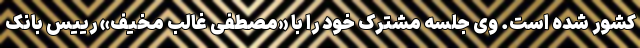
کشور شده است. وی جلسه مشترک خود را با «مصطفی غالب مخیف» رییس بانک